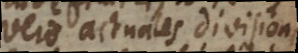
vero actuales divisiones